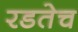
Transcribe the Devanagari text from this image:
रडतेच